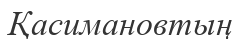
Қасимановтың